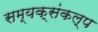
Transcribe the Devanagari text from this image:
सम्यक्संकल्प